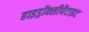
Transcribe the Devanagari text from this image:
हाइड्रॉक्सीपैटाइट